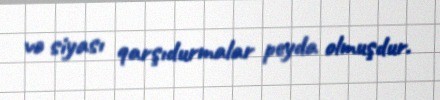
və siyası qarşıdurmalar peyda olmuşdur.